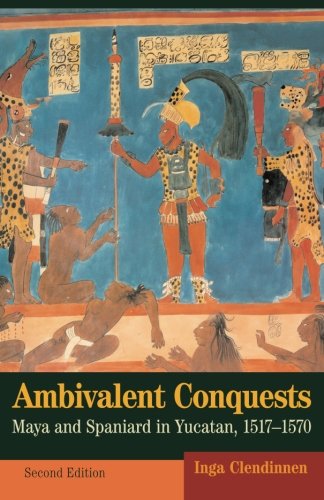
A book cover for Ambivalent Conquests: Maya and Spaniard in Yucatan, 1517-1570 (Cambridge Latin American Studies); Inga Clendinnen; History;